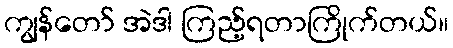
ကျွန်တော် အဲဒါ ကြည့်ရတာကြိုက်တယ်။